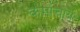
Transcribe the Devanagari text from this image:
कर्माचार्य